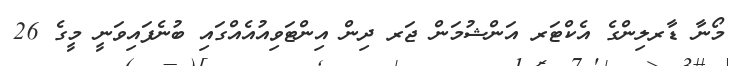
މޯނާ ޑާރލިންގެ އެކްޓަރ އަންޝުމަން ޖަރ ދިން އިންޓަވިއުއެއްގައި ބުނެފައިވަނީ މީގެ 26